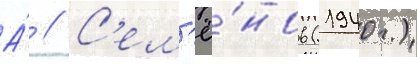
А́ // С'ем'ё́нов (1940г.)